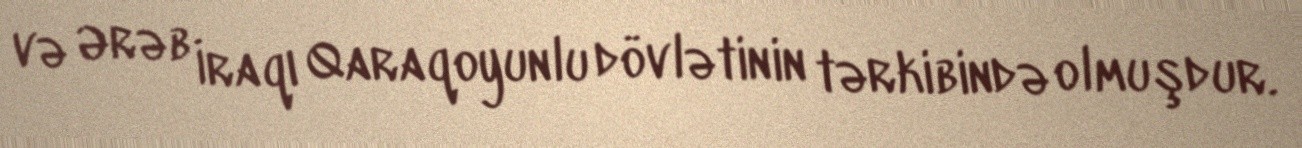
və Ərəb İraqı Qaraqoyunlu dövlətinin tərkibində olmuşdur.